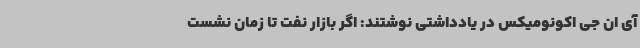
آی ان جی اکونومیکس در یادداشتی نوشتند: اگر بازار نفت تا زمان نشست